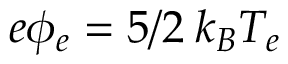
e \phi _ { e } = 5 / 2 \: k _ { B } T _ { e }